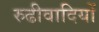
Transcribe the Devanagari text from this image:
रुढीवादियों